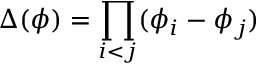
\Delta ( \phi ) = \prod _ { i < j } ( \phi _ { i } - \phi _ { j } )